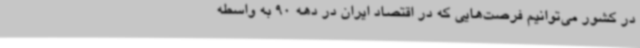
در کشور می‌توانیم فرصت‌هایی که در اقتصاد ایران در دهه 90 به واسطه